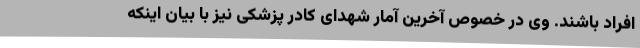
افراد باشند. وی در خصوص آخرین آمار شهدای کادر پزشکی نیز با بیان اینکه